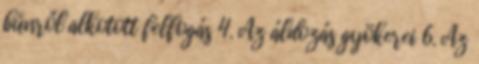
bűnről alkotott felfogás 4. Az áldozás gyökerei 6. Az